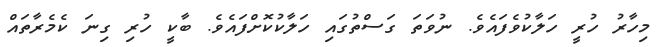
މިހާރު ހުރީ ހަލާކުވެފައެވެ. ނުވަތަ ގަސްތުގައި ހަލާކުކޮށްފައެވެ. ބާކީ ހުރި ގިނަ ކެމެރާތައް